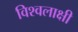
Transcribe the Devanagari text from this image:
विश्वलाक्षी